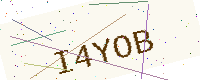
Text: I4YOB